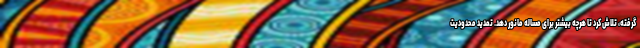
گرفته، تلاش کرد تا هرچه بیشتر برای مساله مانور دهد. تمدید محدودیت